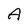
Character: A